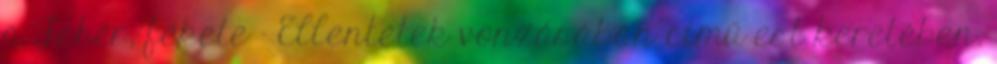
a Fehér, fekete - Ellentétek vonzásában című est keretében.